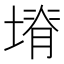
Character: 塉